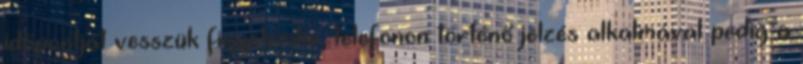
időpontját vesszük figyelembe, telefonon történő jelzés alkalmával pedig a